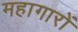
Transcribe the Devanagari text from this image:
महागारों